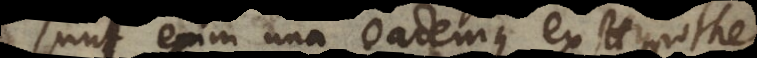
Sunt enim una eademque ex Hypoth